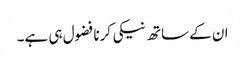
ان کے ساتھ نیکی کرنا فضول ہی ہے۔